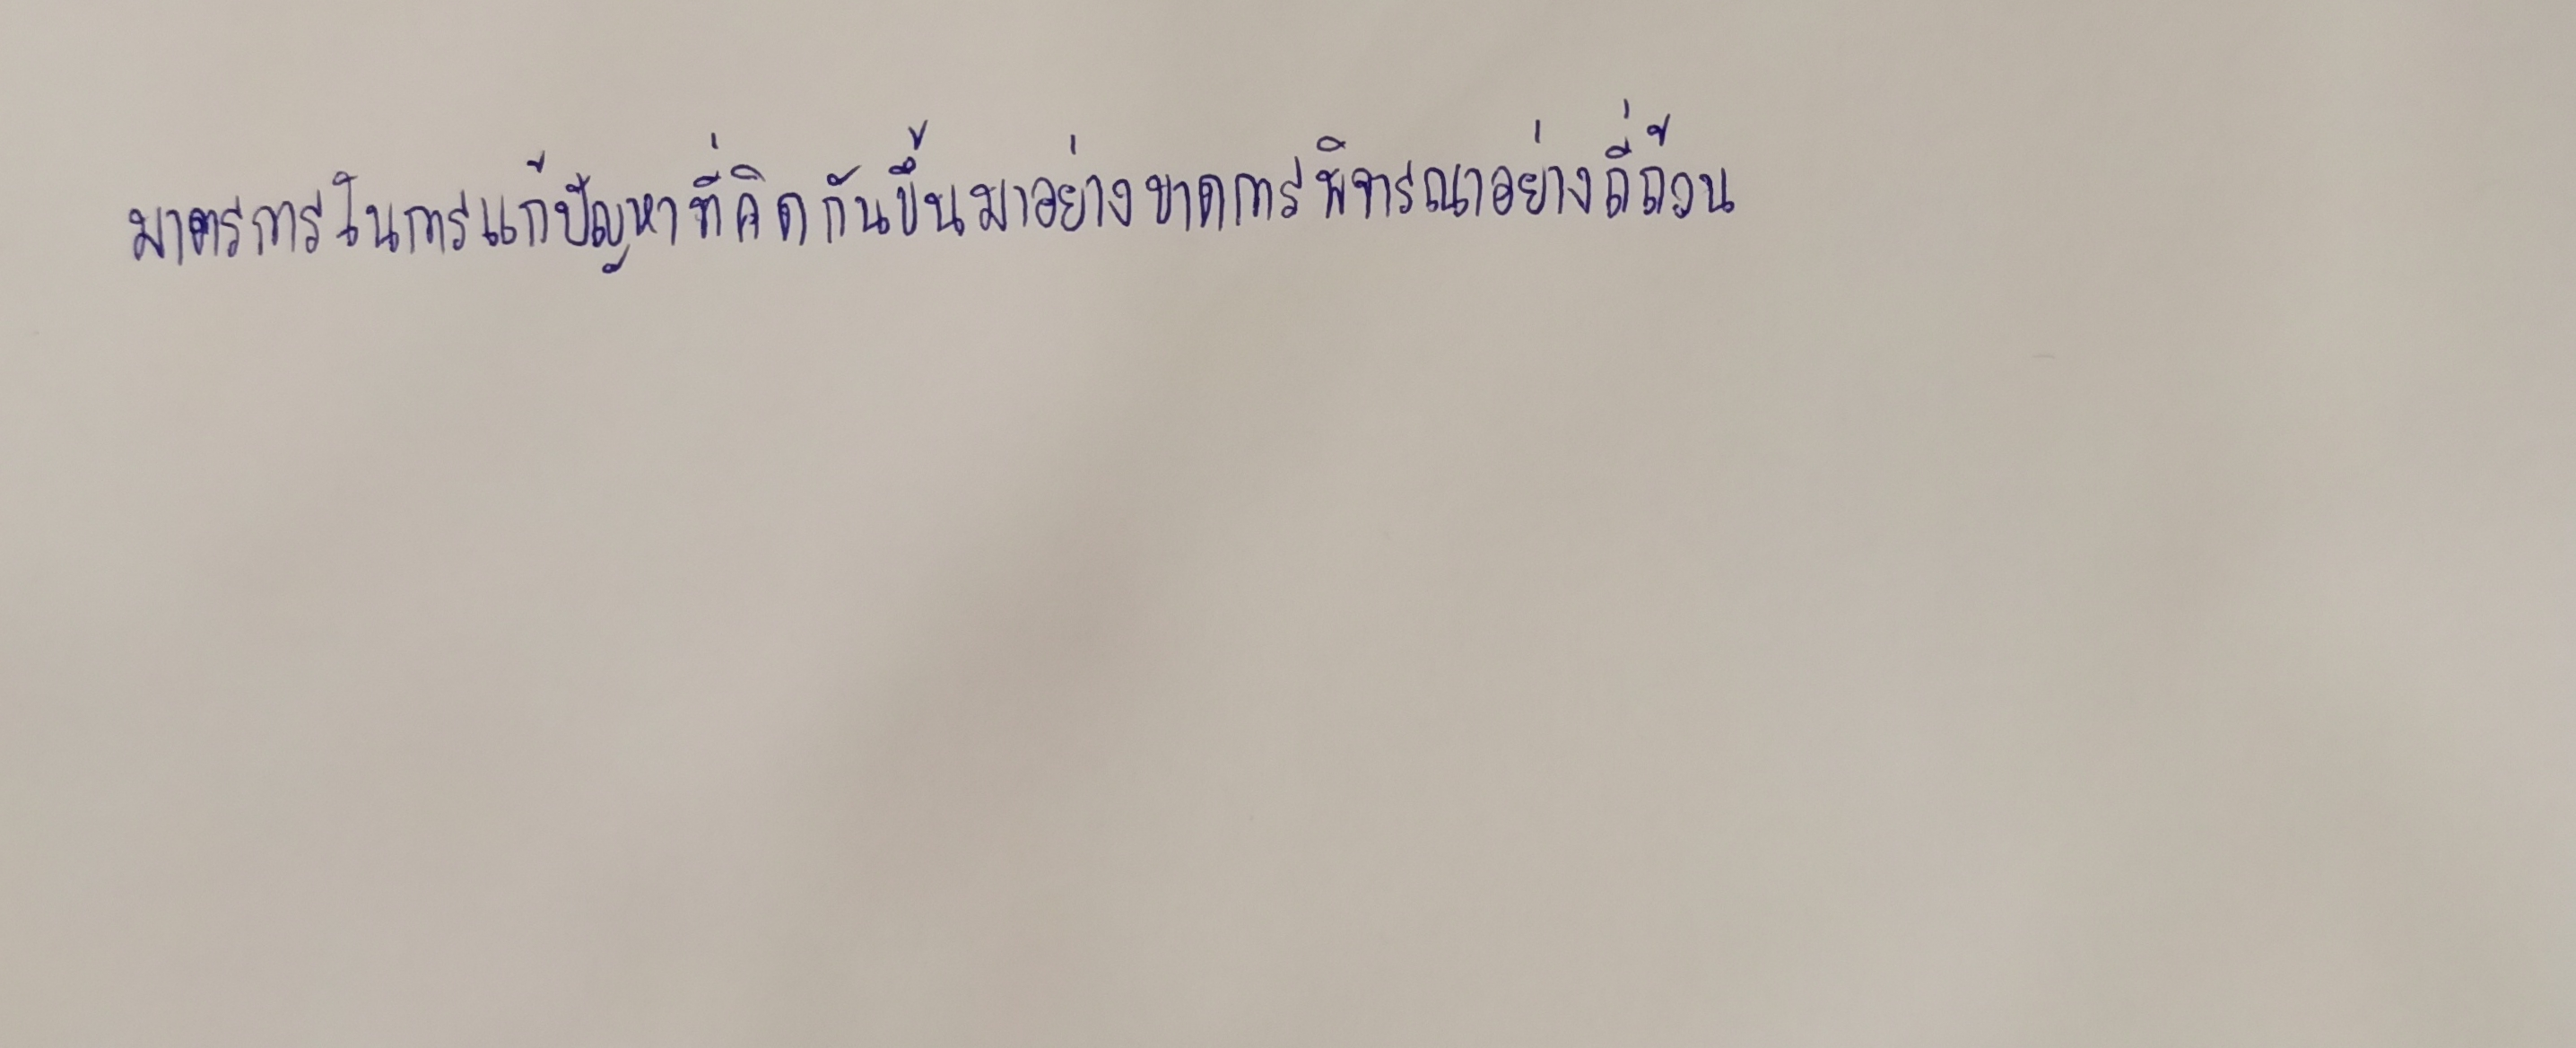
มาตรการในการแก้ปัญหาที่คิดกันขึ้นมาอย่างขาดการพิจารณาอย่างถี่ถ้วน